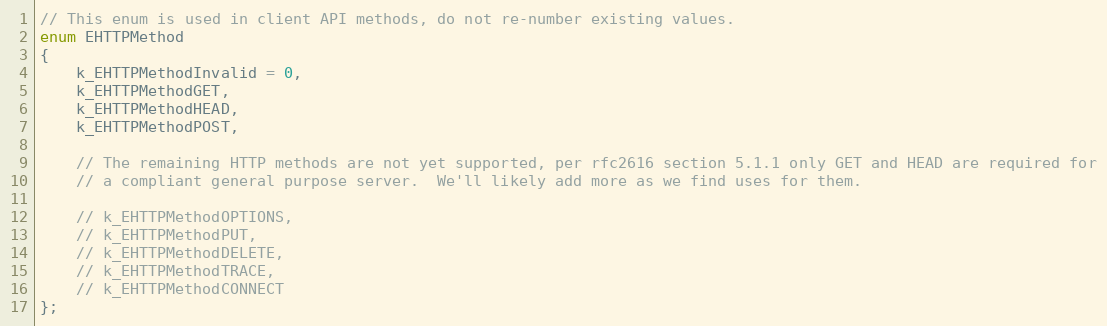
Language: C
// This enum is used in client API methods, do not re-number existing values.
enum EHTTPMethod
{
	k_EHTTPMethodInvalid = 0,
	k_EHTTPMethodGET,
	k_EHTTPMethodHEAD,
	k_EHTTPMethodPOST,

	// The remaining HTTP methods are not yet supported, per rfc2616 section 5.1.1 only GET and HEAD are required for
	// a compliant general purpose server.  We'll likely add more as we find uses for them.

	// k_EHTTPMethodOPTIONS,
	// k_EHTTPMethodPUT,
	// k_EHTTPMethodDELETE,
	// k_EHTTPMethodTRACE,
	// k_EHTTPMethodCONNECT
};